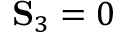
\mathbf { S } _ { 3 } = 0